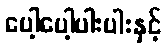
ပေါ့ပေါ့ပါးပါးနှင့်